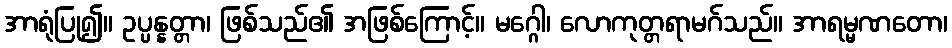
အာရုံပြု၍။ ဥပ္ပန္နတ္တာ၊ ဖြစ်သည်၏ အဖြစ်ကြောင့်။ မဂ္ဂေါ၊ လောကုတ္တရာမဂ်သည်။ အာရမ္မဏတော၊